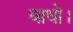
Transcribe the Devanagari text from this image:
बाधो।